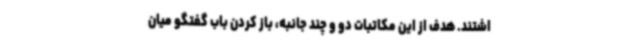
اشتند. هدف از این مکاتبات دو و چند جانبه، باز کردن باب گفتگو میان